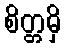
စိတ္တမှိ